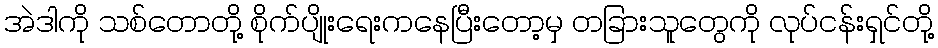
အဲဒါကို သစ်တောတို့ စိုက်ပျိုးရေးကနေပြီးတော့မှ တခြားသူတွေကို လုပ်ငန်းရှင်တို့